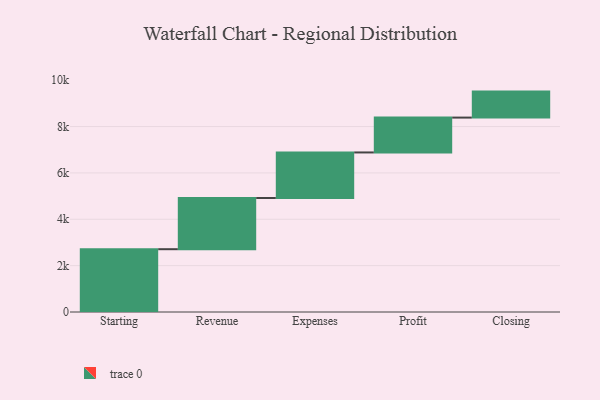
{"axis": {"x": "Step", "y": "Value"}, "legend": [""], "data": [{"x": "Starting", "y": 2709.0, "type": ""}, {"x": "Revenue", "y": 2209.0, "type": ""}, {"x": "Expenses", "y": 1965.0, "type": ""}, {"x": "Profit", "y": 1504.0, "type": ""}, {"x": "Closing", "y": 1121.0, "type": ""}]}